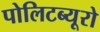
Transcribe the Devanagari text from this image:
पोलिटब्यूरो